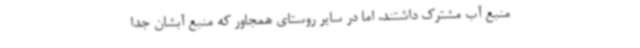
منبع آب مشترک داشتند، اما در سایر روستای همجاور که منبع آبشان جدا